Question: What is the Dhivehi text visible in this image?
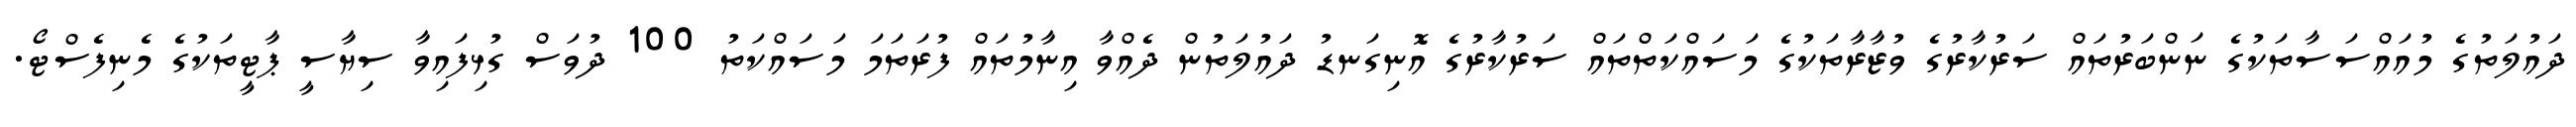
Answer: ދައުލަތުގެ މުއައްސަސާތަކުގެ ނަންބަރުތައް ސަރުކާރުގެ ވުޒާރާތަކުގެ މަސައްކަތްތައް ސަރުކާރުގެ އޮނިގަނޑު ދައުލަތުން ދެއްވާ އިނާމުތައް ފުރަތަމަ މަސައްކަތު 100 ދުވަސް ގުޅިފައިވާ ސިޔާސީ ޕާޓީތަކުގެ މެނިފެސްޓޯ.